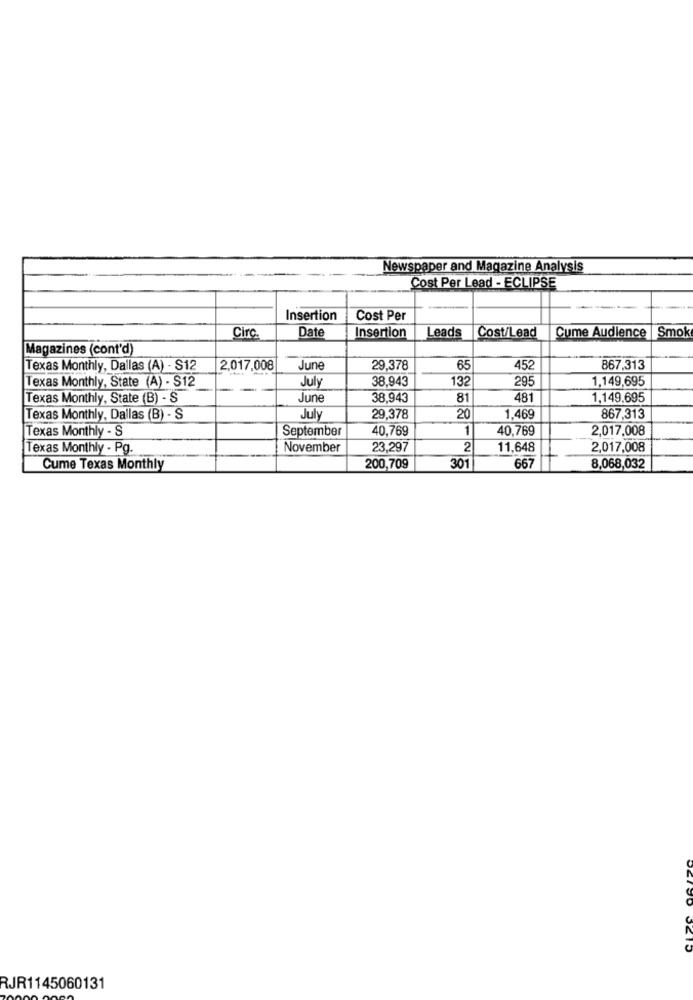
Newspaper and Magazine Analysis
Cost Per Lead - ECLIPSE
Insertion
Cost Per
Leads
Cost/Lead
Cume Audience | Smok
Circ.
Date
Insertion
Magazines (cont'd)
Texas Monthly, Dallas (A) - S12
2,017,008
June
29.378
65
452
867.313
Texas Monthly, State (A) - S12
July
38,943
132
295
1.149,695
Texas Monthly, State (B) - S
June
38.943
81
481
1,149.695
Texas Monthly, Dallas (B) - S
July
29,378
20
1.469
867,313
Texas Monthly - S
September
40,769
1
40,769
2,017,008
Texas Monthly - Pg.
November
23.297
2
11,648
2,017,008
Cume Texas Monthly
200,709
301
667
8,068,032
RJR1145060131